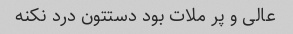
عالی و پر ملات بود دستتون درد نکنه